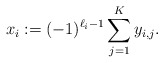
\begin{align*}x_i:=(-1)^{\ell_i-1}\sum_{j=1}^Ky_{i,j}.\end{align*}